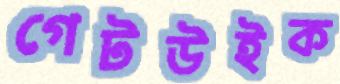
গেটউইক